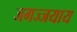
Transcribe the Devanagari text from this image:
जगज्जयाय